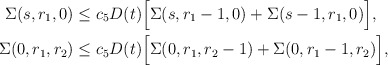
\begin{align*} \Sigma(s,r_1,0)&\le c_5 D(t) \Big[\Sigma(s,r_1-1,0)+ \Sigma(s-1,r_1,0)\Big],\\ \Sigma(0,r_1,r_2)&\le c_5 D(t) \Big[\Sigma(0,r_1,r_2-1)+ \Sigma(0,r_1-1,r_2)\Big],\end{align*}